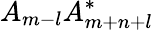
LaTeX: A_{m-l}A_{m+n+l}^{\ast}